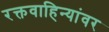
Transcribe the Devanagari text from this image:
रक्तवाहिन्यांवर